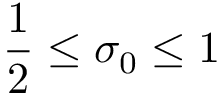
{ \frac { 1 } { 2 } } \leq \sigma _ { 0 } \leq 1